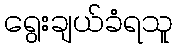
ရွေးချယ်ခံရသူ